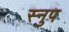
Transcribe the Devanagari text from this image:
स्नुप